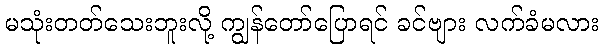
မသုံးတတ်သေးဘူးလို့ ကျွန်တော်ပြောရင် ခင်ဗျား လက်ခံမလား